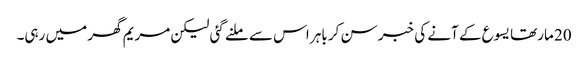
20 مارتھا یسوع کے آنے کی خبر سن کر باہر اس سے ملنے گئی لیکن مریم گھر میں رہی۔